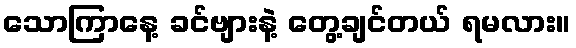
သောကြာနေ့ ခင်ဗျားနဲ့ တွေ့ချင်တယ် ရမလား။